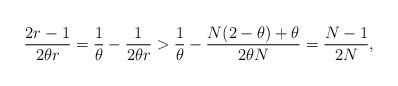
LaTeX: \begin{align*}\frac{2 r -1 }{2 \theta r} = \frac{1}{\theta} - \frac{1}{2\theta r} > \frac{1}{\theta}-\frac{N(2-\theta)+\theta}{2\theta N} = \frac{N-1}{2N},\end{align*}